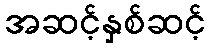
အဆင့်နှစ်ဆင့်